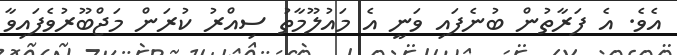
އެވެ. އެ ފަރާތުން ބުނެފައި ވަނީ އެ މައުލޫމާތު ސިއްރު ކުރަން މަޖްބޫރުވެފައިވާ